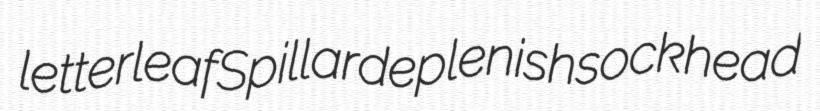
letterleaf Spillar deplenish sockhead